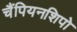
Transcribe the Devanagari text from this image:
चैंपियनशिपो